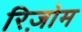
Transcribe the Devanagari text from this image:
रिज़ोम